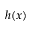
h ( x )